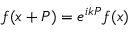
f ( x + P ) = e ^ { i k P } f ( x )